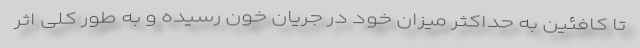
تا کافئین به حداکثر میزان خود در جریان خون رسیده و به طور کلی اثر